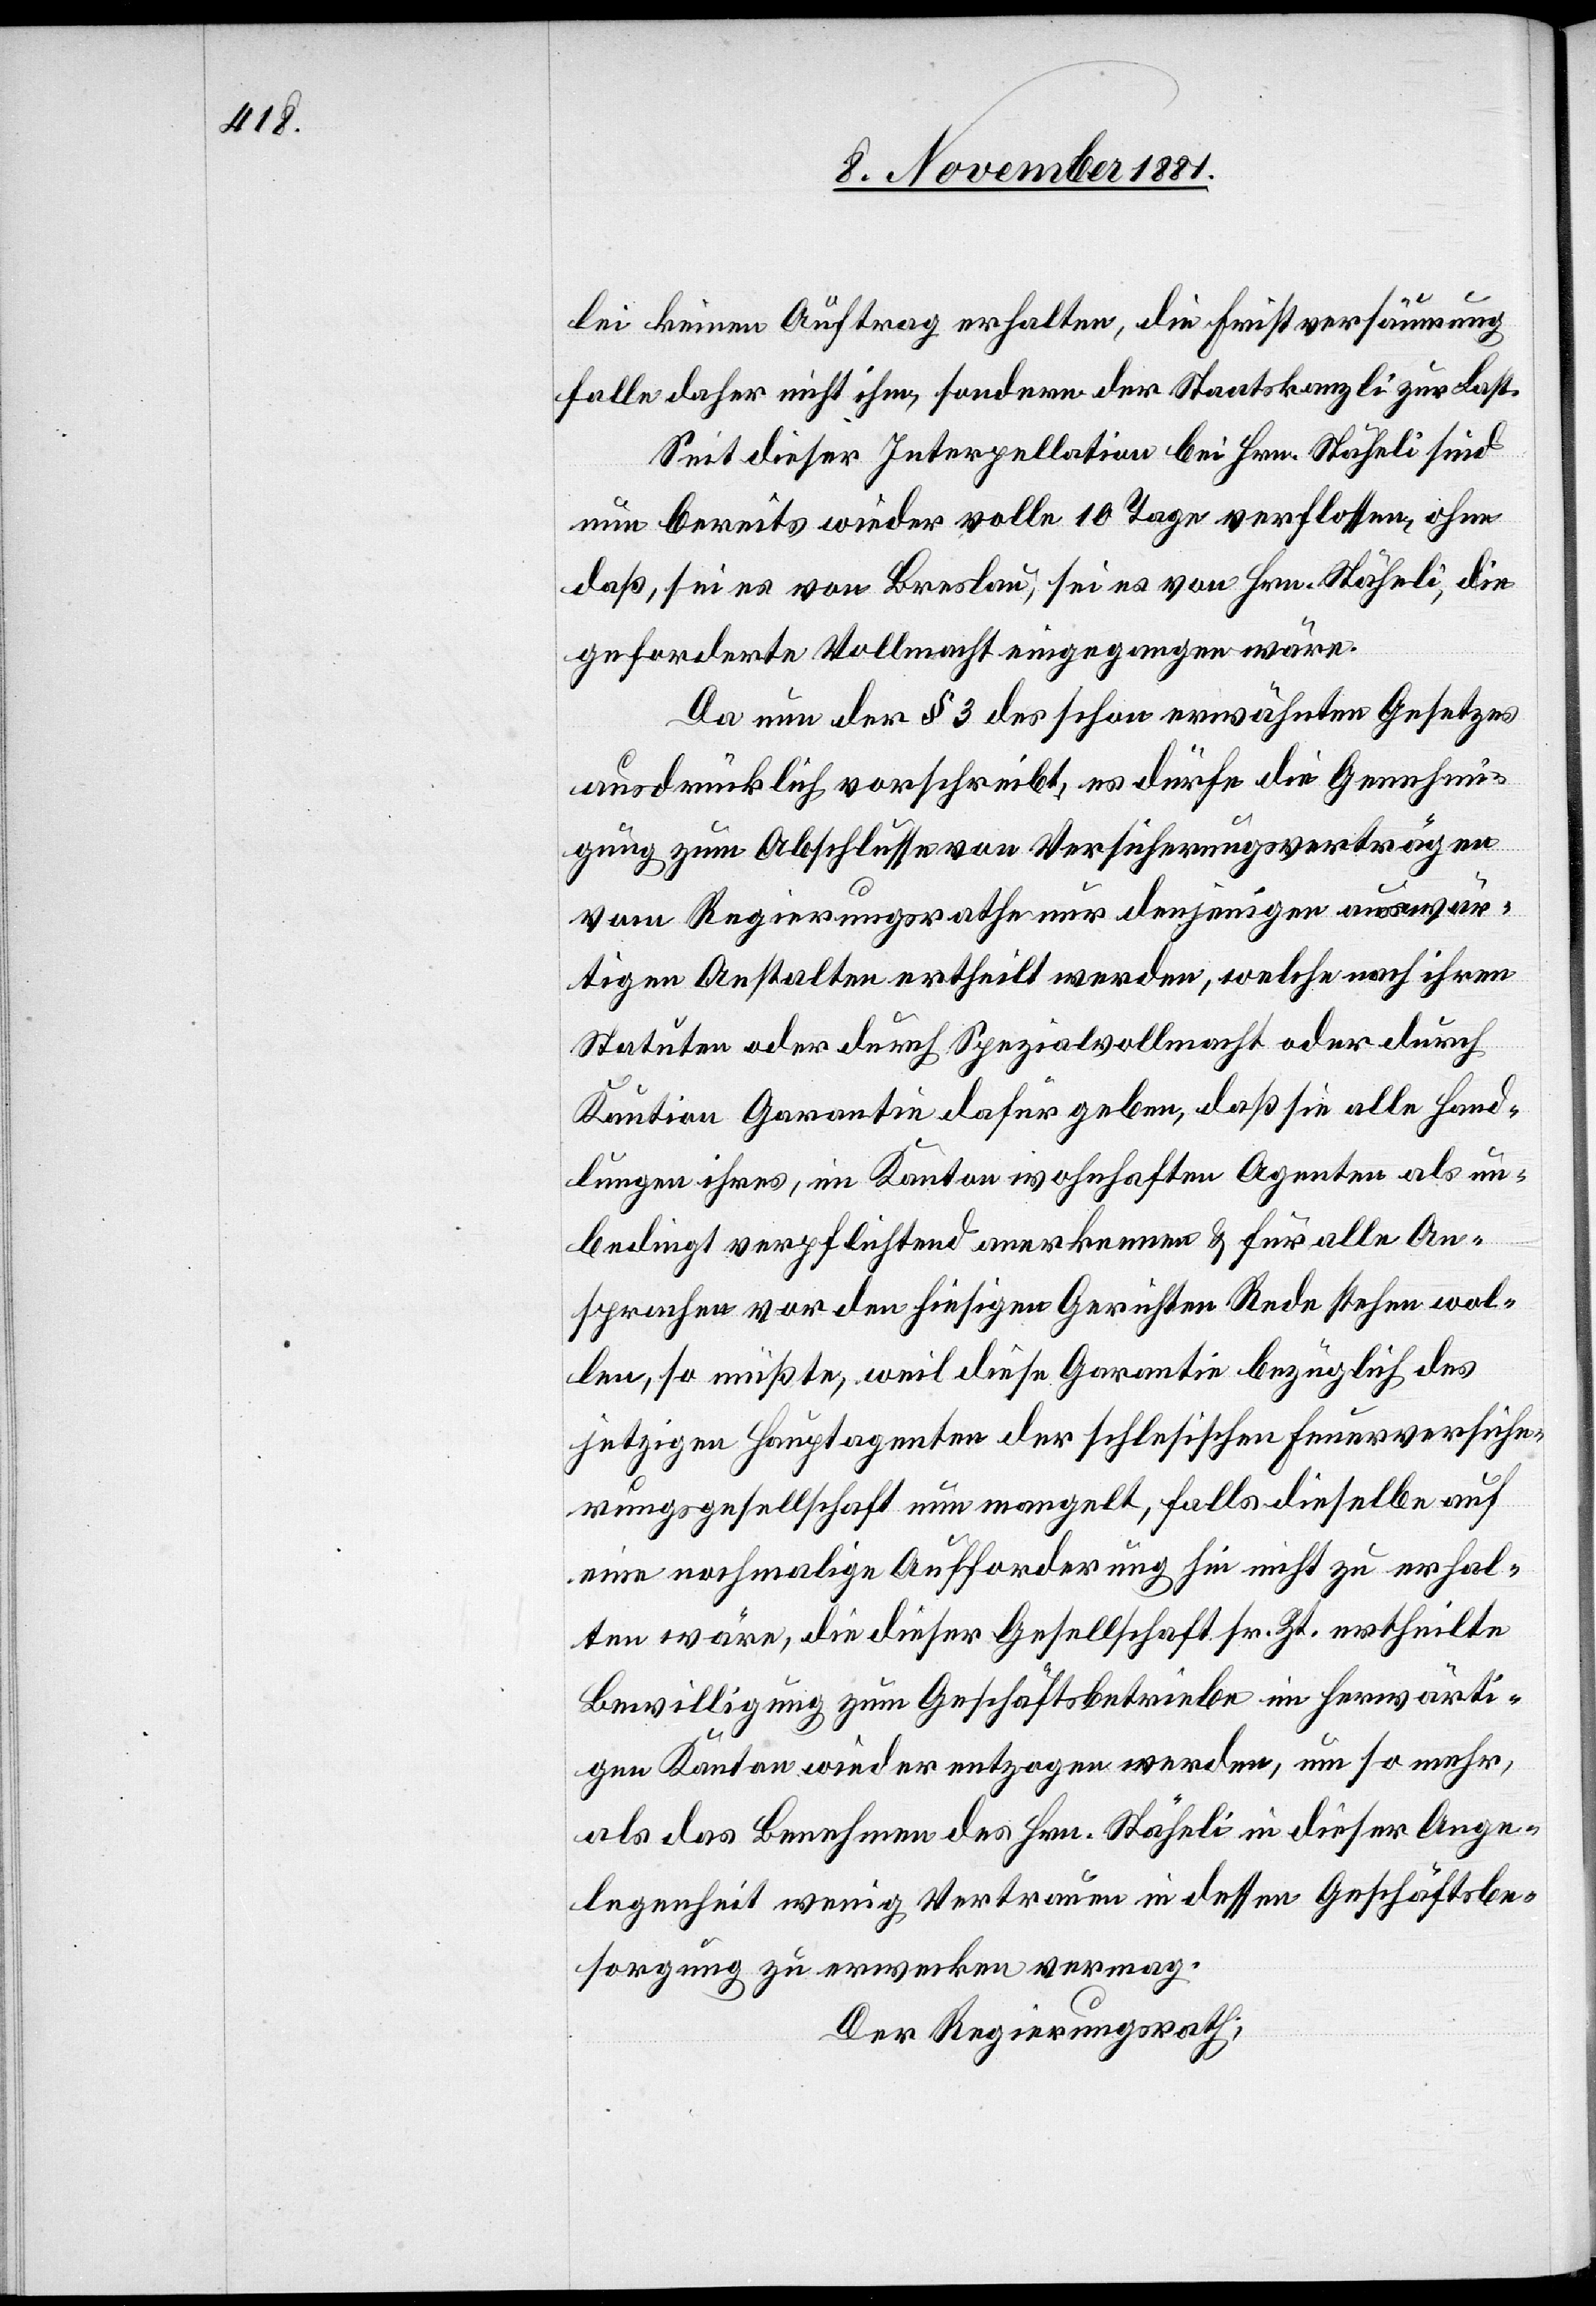
lei keinen Auftrag erhalten, die Fristversäumung
falle daher nicht ihm, sondern der Staatskanzlei zur Last.
Seit dieser Interpellation bei Hrn. Stäheli sind
nun bereits wieder volle 10 Tage verflossen, ohne
daß, sei es von Breslau, sei es von Hrn. Stäheli, die
geforderte Vollmacht eingegangen wäre.
Da nun der § 3 des schon erwähnten Gesetzes
ausdrücklich vorschreibt, es dürfe die Genehmi¬
gung zum Abschlusse von Versicherungsverträgen
vom Regierungsrathe nur denjenigen auswär¬
tigen Anstalten ertheilt werden, welche nach ihren
Statuten oder durch Spezialvollmacht oder durch
Kaution Garantie dafür geben, daß sie alle Hand¬
lungen ihres, im Kanton wohnhaften Agenten als un¬
bedingt verpflichtend anerkennen & für alle An¬
sprachen vor den hiesigen Gerichten Rede stehen wol¬
len, so müßte, weil diese Garantie bezüglich des
jetzigen Hauptagenten der schlesischen Feuerversiche¬
rungsgesellschaft nun mangelt, falls dieselbe auf
eine nochmalige Aufforderung hin nicht zu erhal¬
ten wäre, die dieser Gesellschaft sr. Zt. ertheilte
Bewilligung zum Geschäftsbetriebe im herwärti¬
gen Kanton wieder entzogen werden, um so mehr,
als das Benehmen des Hrn. Stäheli in dieser Ange¬
legenheit wenig Vertrauen in dessen Geschäftsbe¬
sorgung zu erwecken vermag.
Der Regierungsrath;